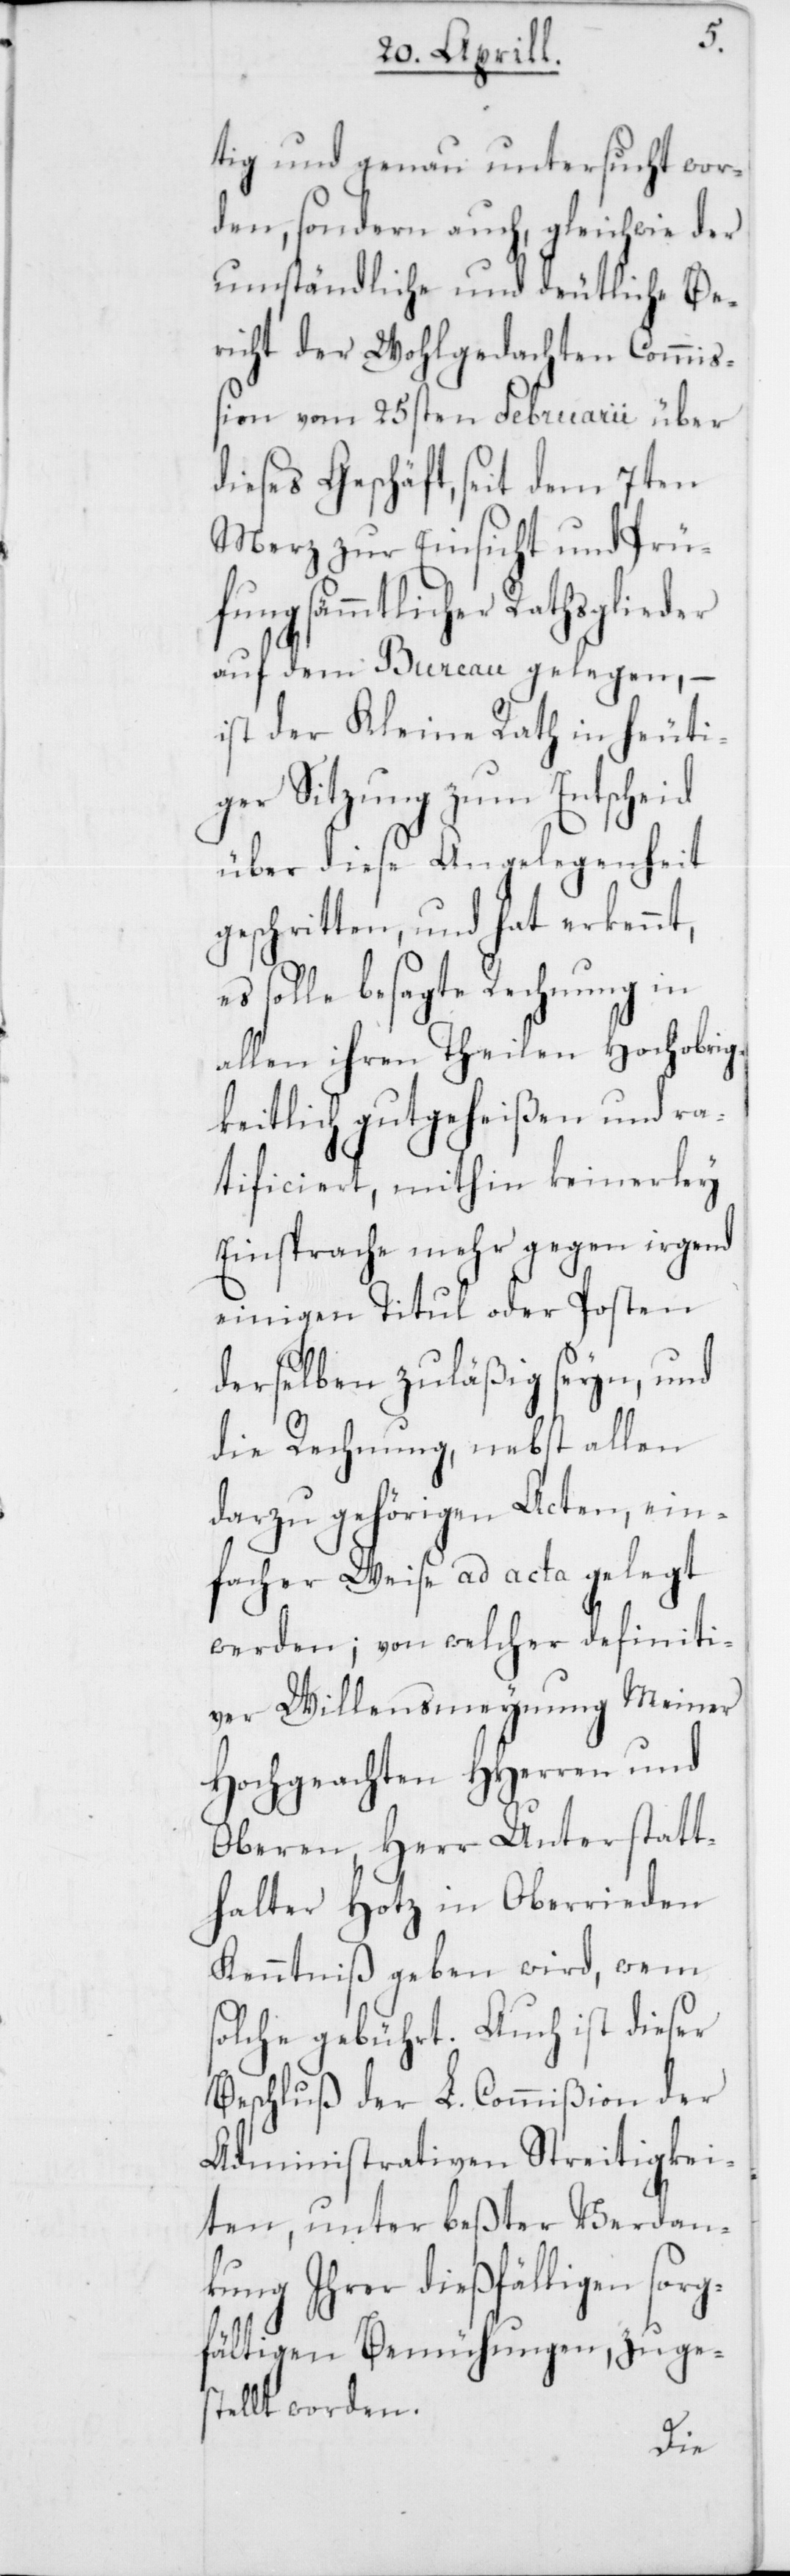
tig und genau untersucht wor¬
den, sondern auch gleichwie der
umständliche und deutliche Be¬
richt der Wohlgedachten Commiß¬
ion vom 25sten Februarii über
dieses Geschäft, seit dem 7ten
Merz zur Einsicht und Prü¬
fung sämmtlicher Rathsglie¬
auf dem Bureau gelegen, –
ist der Kleine Rath in heuti¬
ger Sitzung zum Entscheid
über diese Angelegenheit
geschritten, und hat erkennt,
es solle besagte Rechnung in
allen ihren Theilen Hochobri¬
gkeitlich gutgeheißen und ra¬
tificiert, mithin keinerley
Einsprache mehr gegen irgend
einigen Titul oder Posten
derselben zuläßig seyn, und
die Rechnung, nebst allen
darzu gehörigen Acten, ein¬
facher Weise ad acta gelegt
werden; von welcher definiti¬
ver Willensmeynung Meiner
Hochgeachten HHerren und
Oberen, Herr Unterstatt¬
halter Hotz in Oberrieden
Kenntniß geben wird, wem
solche gebührt. Auch ist dieser
Beschluß der L. Commißion der
Administrativen Streitigkei¬
ten, unter beßter Verdan¬
kung ihrer dießfälligen sorg¬
fältigen Bemühungen, zuges¬
tellt worden.
der